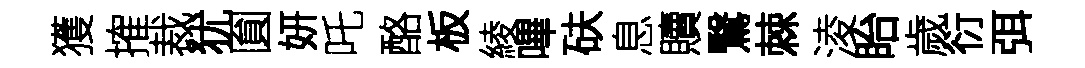
獲搉裁犹圎妍吒酪板綾嗶砆息贖鷖棘淩眙歲衍弭